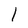
Character: l